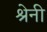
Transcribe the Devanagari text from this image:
श्रेनी